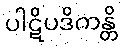
ပါဋိပဒိကန္တိ